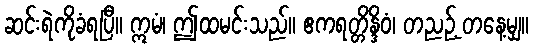
ဆင်းရဲကိုခံရပြီ။ ဣမံ၊ ဤထမင်းသည်။ ဧကရတ္တိန္ဒိဝံ၊ တညဉ့် တနေ့မျှ။